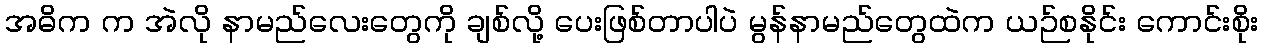
အဓိက က အဲလို နာမည်လေးတွေကို ချစ်လို့ ပေးဖြစ်တာပါပဲ မွန်နာမည်တွေထဲက ယဉ်စနိုင်း ကောင်းစိုး